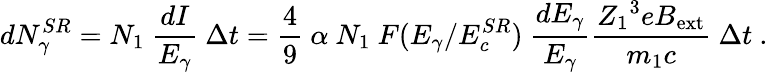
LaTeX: dN_{\gamma}^{SR}=N_{1}\ {\frac{dI}{E_{\gamma}}}\ \Delta t={\frac{4}{9}}\ \alpha\ N_{1}\ F(E_{\gamma}/E_{c}^{SR})\ {\frac{dE_{\gamma}}{E_{\gamma}}}{\frac{{Z_{1}}^{3}eB_{\mathrm{ext}}}{m_{1}c}}\ \Delta t\ .